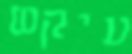
עיקש